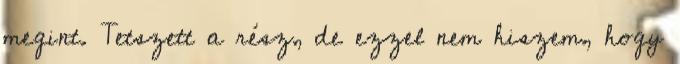
megint. Tetszett a rész, de ezzel nem hiszem, hogy